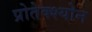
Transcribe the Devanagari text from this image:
प्रोतेक्श्योन